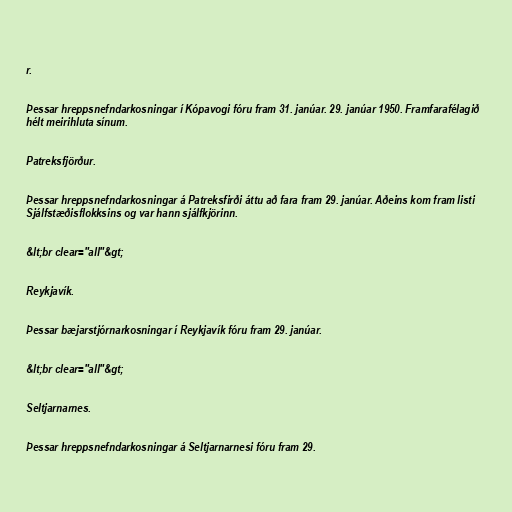
r.

Þessar hreppsnefndarkosningar í Kópavogi fóru fram 31. janúar. 29. janúar 1950. Framfarafélagið
hélt meirihluta sínum.

Patreksfjörður.

Þessar hreppsnefndarkosningar á Patreksfirði áttu að fara fram 29. janúar. Aðeins kom fram listi
Sjálfstæðisflokksins og var hann sjálfkjörinn.

&lt;br clear="all"&gt;

Reykjavík.

Þessar bæjarstjórnarkosningar í Reykjavík fóru fram 29. janúar.

&lt;br clear="all"&gt;

Seltjarnarnes.

Þessar hreppsnefndarkosningar á Seltjarnarnesi fóru fram 29.